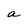
Character: a